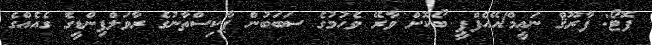
ފޮޓޯ: ފާރޫޤް ނަޢީމް/އޭއެފްޕީ ބޯކޮށް ވާރޭ ވެހުމުގެ ސަބަބުން ޕާކިސްތާނުގެ ރާވަލްޕިންޑީގެ ގެއެއްގެ